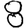
Digit: 8